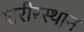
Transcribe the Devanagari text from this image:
शरीरस्थान